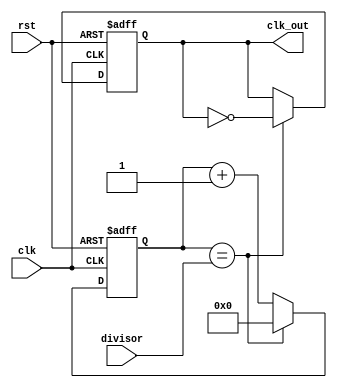
module clock_divider(
    input clk,
    input rst,
    input [7:0] divisor,
    output reg clk_out
);

reg [7:0] counter;

always @(posedge clk or posedge rst) begin
    if(rst) begin
        counter <= 0;
        clk_out <= 0;
    end else begin
        if(counter == divisor) begin
            counter <= 0;
            clk_out <= ~clk_out;
        end else begin
            counter <= counter + 1;
        end
    end
end

endmodule